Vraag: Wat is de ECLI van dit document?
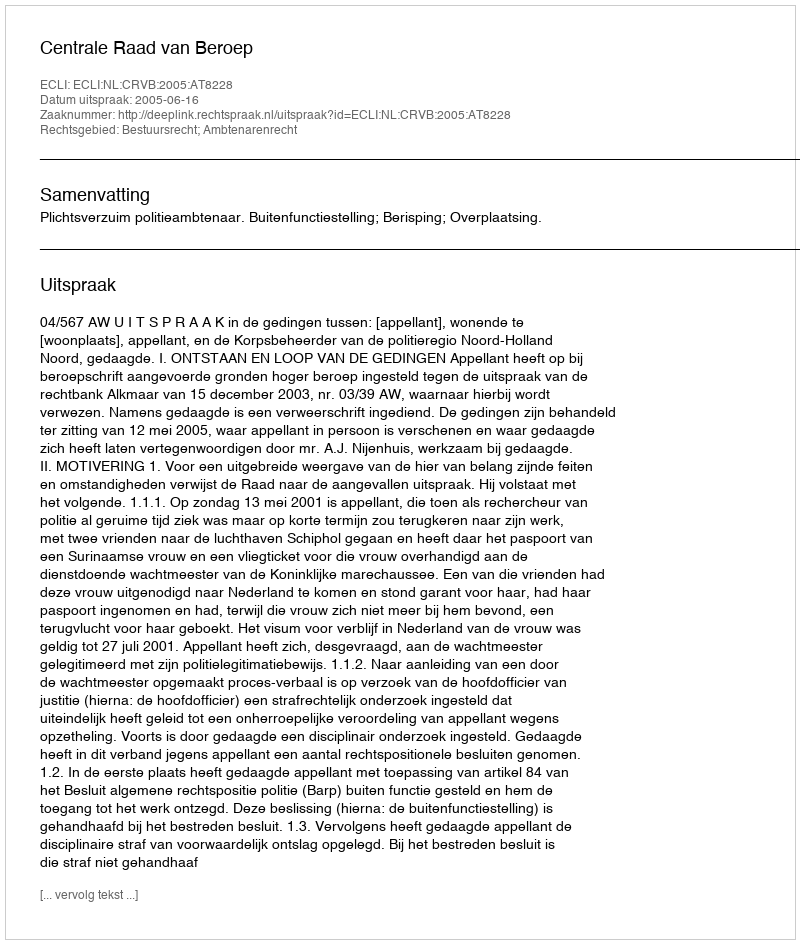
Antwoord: ECLI:NL:CRVB:2005:AT8228